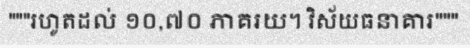
"""រហូតដល់ ១០,៧០ ភាគរយ។ វិស័យធនាគារ"""